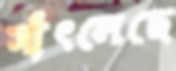
সাঁৎলেছে